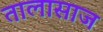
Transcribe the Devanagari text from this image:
तालासाज